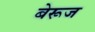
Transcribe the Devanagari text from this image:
बेरूज